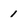
Character: 1